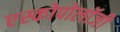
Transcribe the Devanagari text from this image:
एस्कोपोलॉजी